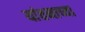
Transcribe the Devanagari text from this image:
यांतनाच्या